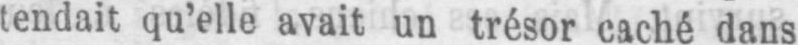
tendait qu’elle avait un trésor caché dans